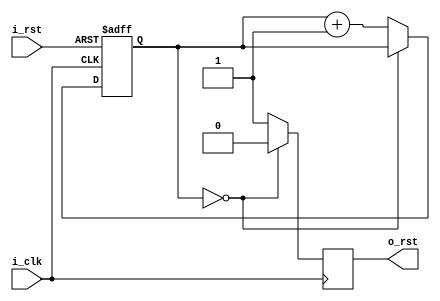
`timescale 1ns / 1ps
//////////////////////////////////////////////////////////////////////////////////
// Company: 
// Engineer: 
// 
// Design Name: 
// Module Name: rst_gen_module
// Project Name: 
// Target Devices: 
// Tool Versions: 
// Description: 
// 
// Dependencies: 
// 
// Revision:
// Revision 0.01 - File Created
// Additional Comments:
// 
//////////////////////////////////////////////////////////////////////////////////


module rst_gen_module#(
    parameter       P_RST_CYCLE     =   1   
)(
    input           i_clk                   ,
    input           i_rst                   ,
    output          o_rst                   
);

reg                 ro_rst=1                ;
reg  [7 :0]         r_cnt=0                 ;

assign              o_rst = ro_rst          ;

always@(posedge i_clk , posedge i_rst)
begin
    if(i_rst)
        r_cnt <= 'd0;
    else if(r_cnt == P_RST_CYCLE - 1 || P_RST_CYCLE == 0)
        r_cnt <= r_cnt;
    else 
        r_cnt <= r_cnt + 1;
end

always@(posedge i_clk)
begin
    if(r_cnt == P_RST_CYCLE - 1 || P_RST_CYCLE == 0)
        ro_rst <= 'd0;
    else 
        ro_rst <= 'd1;
end

endmodule